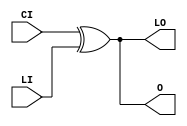
module XORCY_D (LO, O, CI, LI);

    output LO, O;

    input  CI, LI;

	xor X1 (O, CI, LI);
	xor X2 (LO, CI, LI);


endmodule